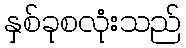
နှစ်ခုစလုံးသည်